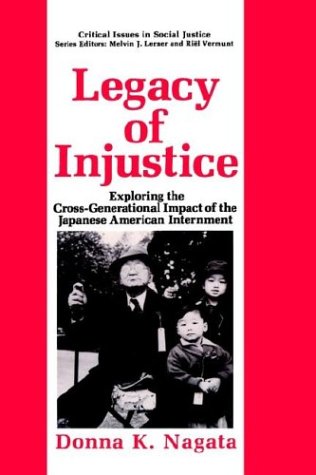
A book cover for Legacy of Injustice: Exploring the Cross-Generational Impact of the Japanese American Internment (Critical Issues in Social Justice); Donna K. Nagata; Medical Books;